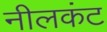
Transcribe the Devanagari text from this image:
नीलकंट